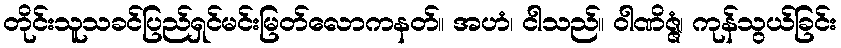
တိုင်းသူသခင်ပြည်ရှင်မင်းမြတ်လောကနတ်။ အဟံ၊ ငါသည်။ ဝါဏိဇ္ဇံ၊ ကုန်သွယ်ခြင်း